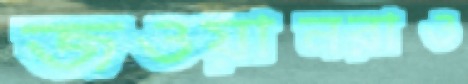
জওয়ানরাও